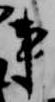
事